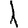
Digit: 1